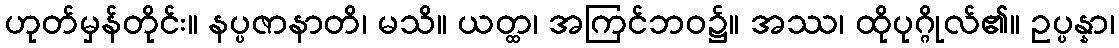
ဟုတ်မှန်တိုင်း။ နပ္ပဇာနာတိ၊ မသိ။ ယတ္ထ၊ အကြင်ဘဝ၌။ အဿ၊ ထိုပုဂ္ဂိုလ်၏။ ဥပ္ပန္နာ၊